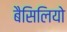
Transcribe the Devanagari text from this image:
बैसिलियो